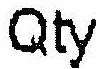
QTY